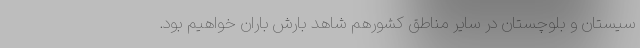
سیستان و بلوچستان در سایر مناطق کشورهم شاهد بارش باران خواهیم بود.